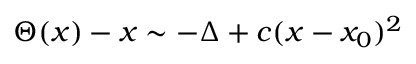
\Theta ( x ) - x \sim - \Delta + c ( x - x _ { 0 } ) ^ { 2 }